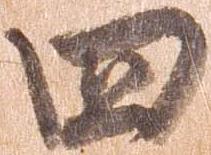
四